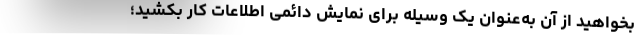
بخواهید از آن به‌عنوان یک وسیله برای نمایش دائمی اطلاعات کار بکشید؛